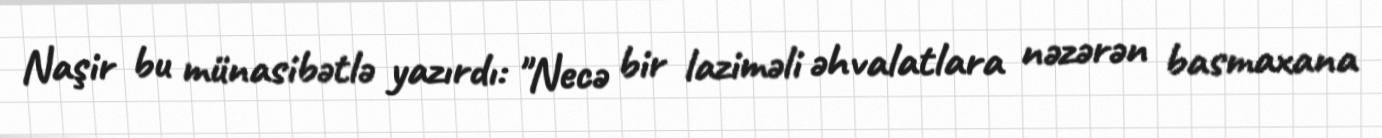
Naşir bu münasibətlə yazırdı: "Necə bir laziməli əhvalatlara nəzərən basmaxana